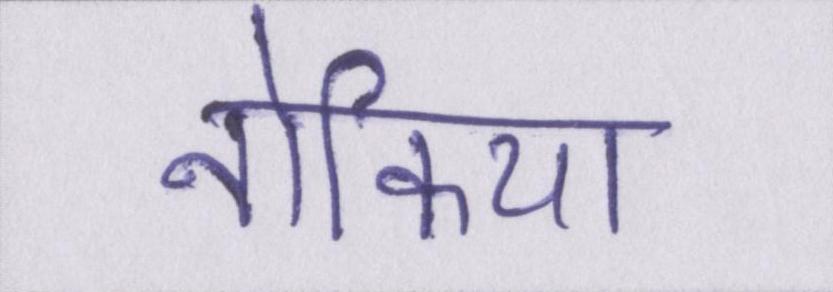
नोकिया